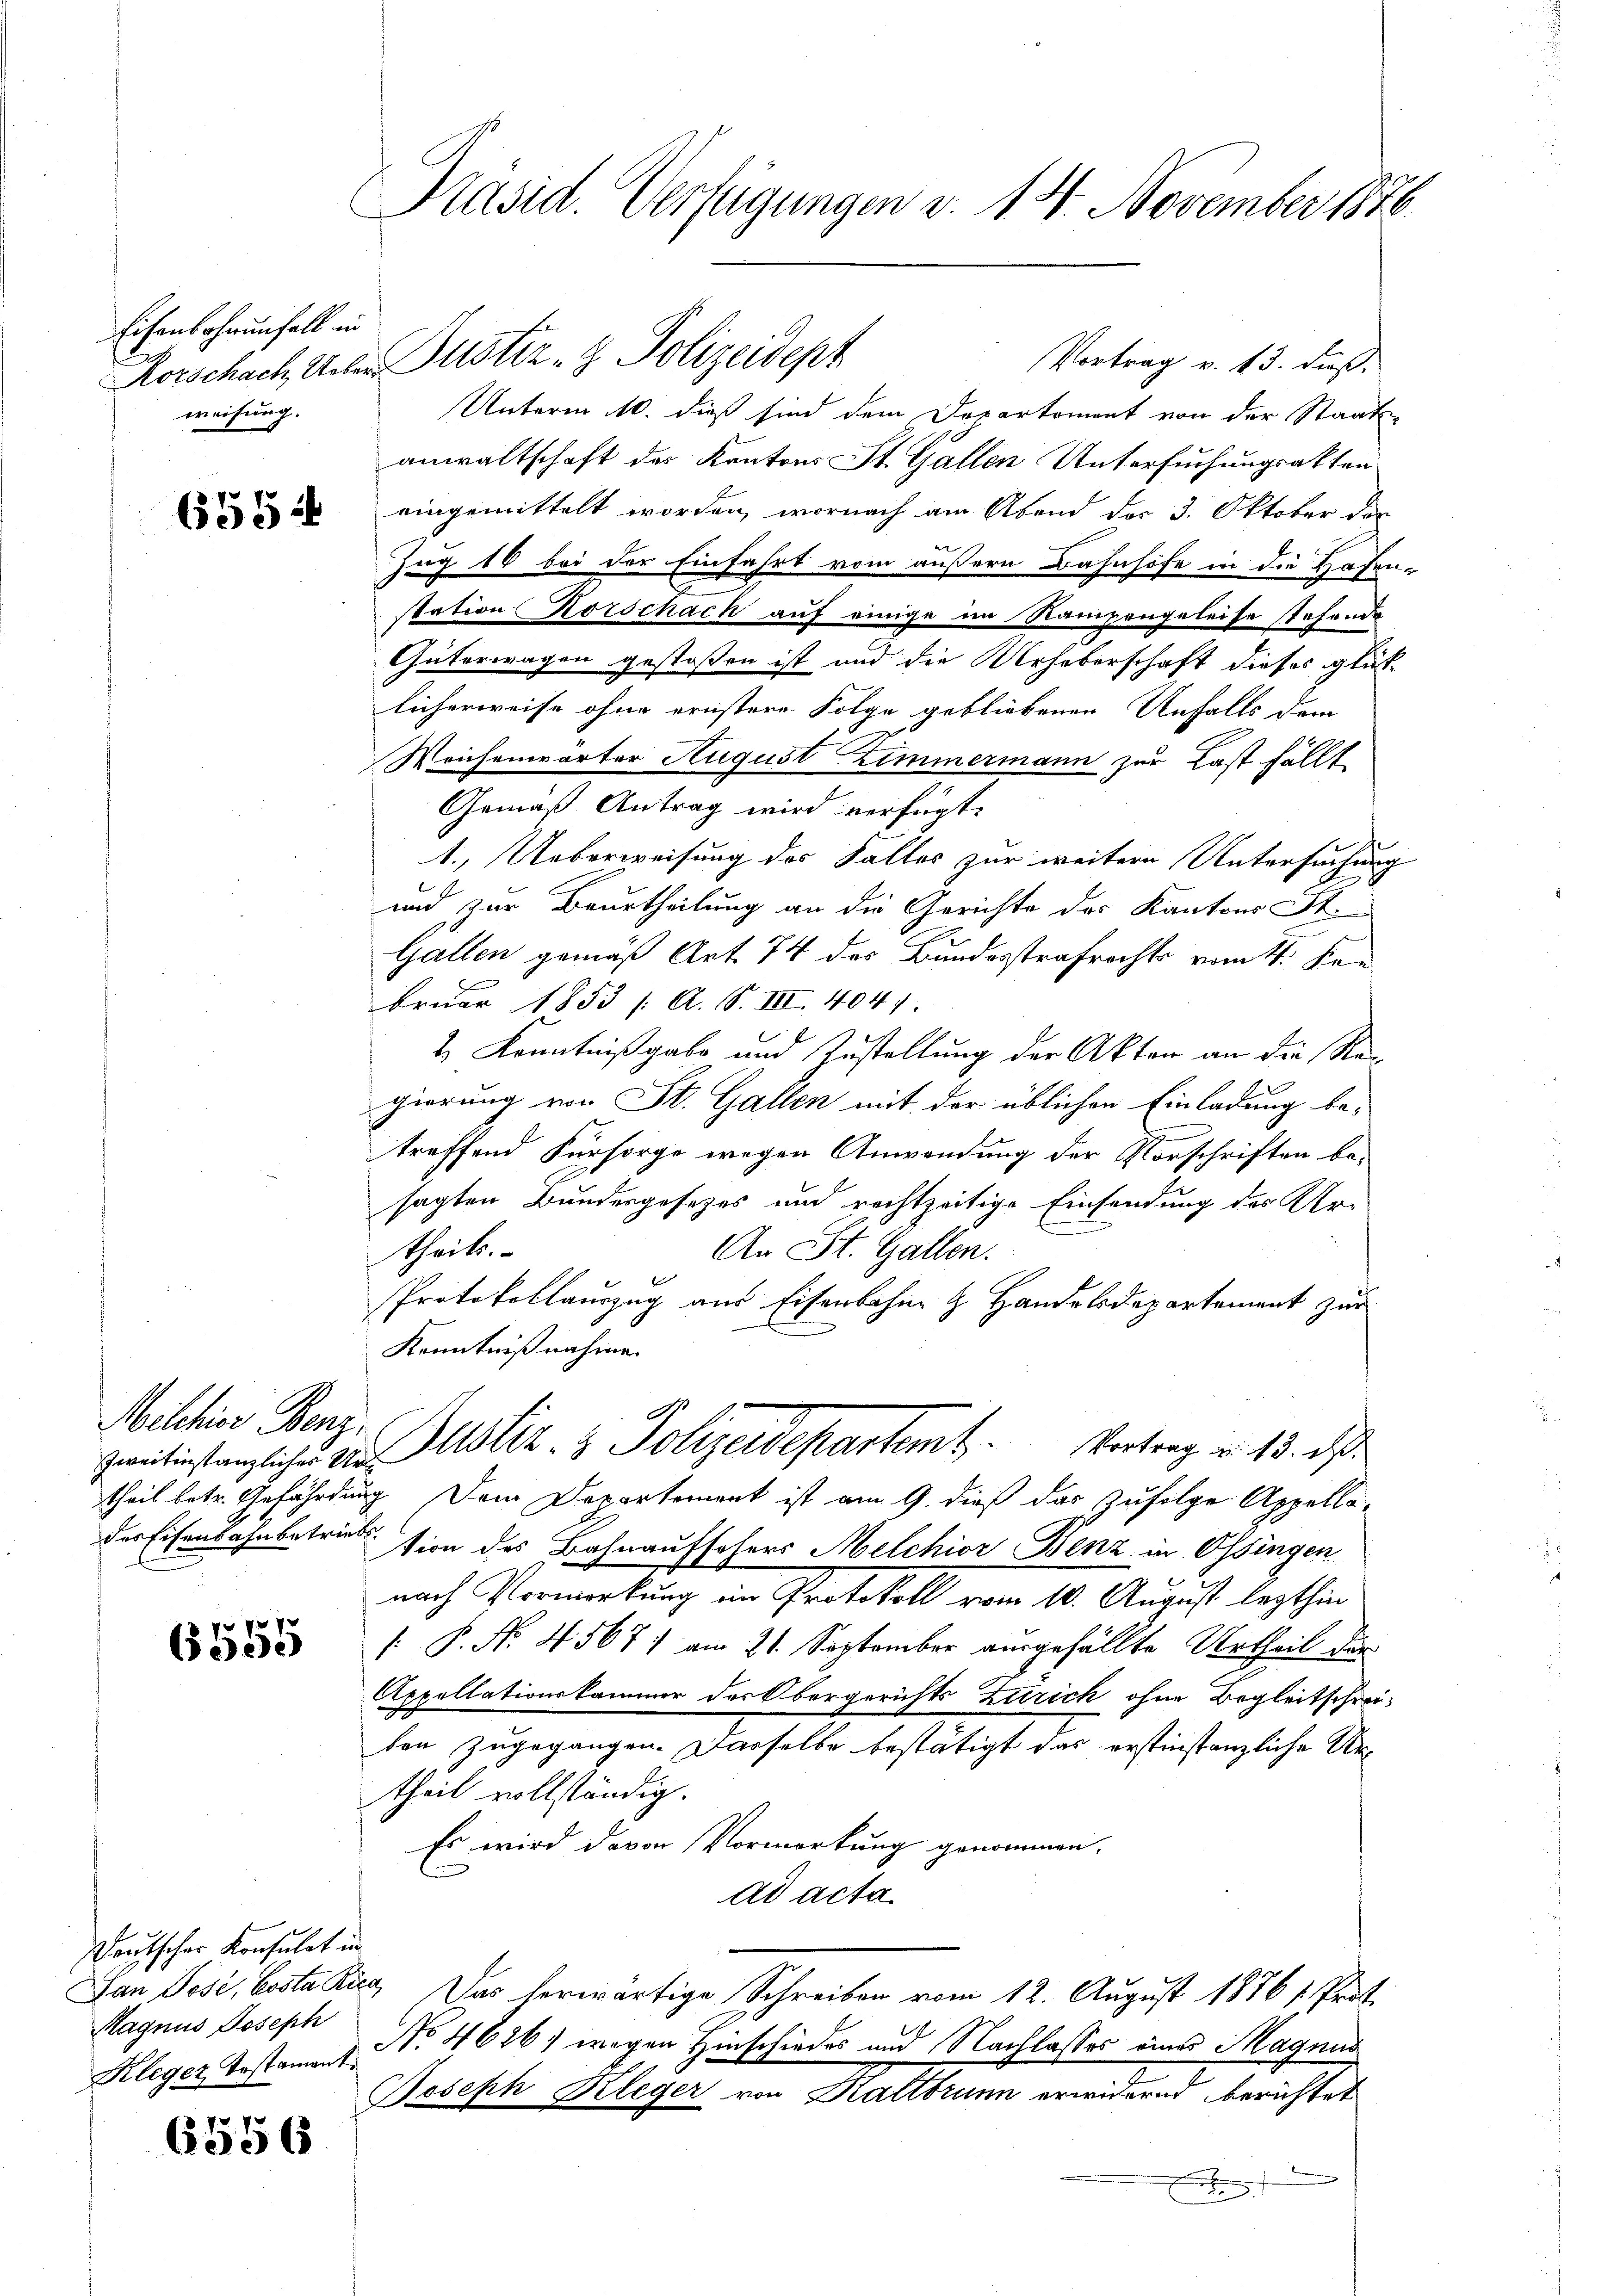
Eichenbahnunfall in
weisung.

655

zweitinstanzliches Ur¬

p
e

Deutscher Konsulat in
Hagnus Joseph
Kleger Testament.

6556

Präsid. Verfügungen v. 14. November 1876.

Korschach Unter Justiz- & Polizeidept
Unterm 10. dieß sind dem Departement von der Staats-
anwaltschaft des Kantons St. Gallen Untersuchungsakten
eingemittelt worden, wornach am Abend der 3. Oktober der
Zug 10 bei der Einfahrt vom äußern Bahnhofe in die Hofen-
station Korschach auf einige im Rampengeleise stehende
Güterwagen gestoßen ist und die Urheberschaft dieses glück
licherweise ohne ernstere Folge gebliebenen Unfalls dem
Weichenwärter August Zimmermann zur Last fällt
Gemäß Antrag wird verfügt:
1. Ueberweisung des Falles zur weitern Untersuchung
und zur Beurtheilung an die Gerichte des Kantons St.
Gallen gemäß Art. 74 des Bundesstrafrechts vom 11. Kan
bruar 1853 /: A. S. III. 4041.
2) Kenntnißgabe und Zustellung der Akten an die Regierung von St. Gallen mit der üblichen Einladung be-
treffend Fürsorge wegen Anwendung der Vorschriften be-
sagten Bundesgesetzes und rechtzeitige Einsendung des Ur-
theils.
An St. Gallen.
Protokollauszug aus Eisenbahne z. Handelsdepartement zur
Kenntnißnahme.
Mithin Ganze Justiz- & Polizeidepartamt. Vortrag v. 13. ds.
theil betr. Gefährdung. Dem Departement ist am 9. dieß das zufolge Appellader Eisenbahnbetrission des Bahnaufschers Melchior Benz in Ossingen
nach Vormerkung im Protokoll vom 10. August lezthin
[ P. Nr. 4567) am 21. September ausgefällte Urtheil der
Appellationskammer des Obergerichts Zürich ohne Begleitschreiben zugegangen. Dasselbe bestätigt das erstinstanzliche Urtheil vollständig.
Es wird davon Vormerkung genommen.
ad acta.
San Jose, besta Ria. Das herwärtige Schreiben vom 12. August 1876 /Prät
No 4626) wegen Hinschiedes und Nachlasses eines Magnie
Joseph Kleger von Kattbrunn erwidernd berichtet
e

Vortrag v. 13. dieß,